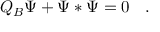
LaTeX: Q _ { B } \Psi + \Psi * \Psi = 0 \left. \right. \ .